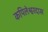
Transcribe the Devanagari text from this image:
कपिलेश्वरदास